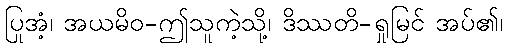
ပြုအံ့၊ အယမိဝ-ဤသူကဲ့သို့၊ ဒိဿတိ-ရှုမြင် အပ်၏၊